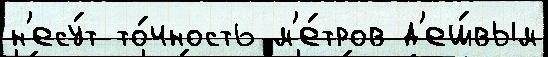
н'есу́т то́чность м'е́тров д'еш́вым